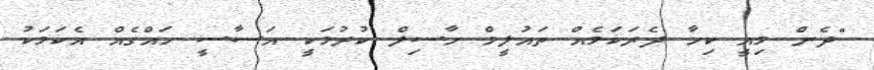
"ދެން މިއީ ކިހާ ދެރަކަމެއް ތައުލީމް ހާސިލް ކުރުމަކީ އަސާސީ ހައްގެއް އެކަމަކު